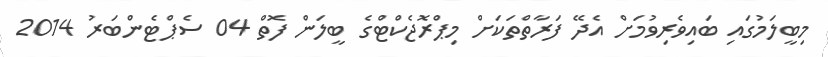
މިބީލަމުގައި ބައިވެރިވުމަށް އެދޭ ފަރާތްތަކަށް މިޕްރޮޖެކްޓްގެ ބީލަން ފޮތް 04 ސެޕްޓެންބަރު 2014